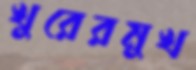
খুরেরমুখ